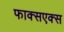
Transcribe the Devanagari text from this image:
फाक्सएक्स